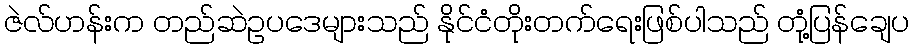
ဇဲလ်ဟန်းက တည်ဆဲဥပဒေများသည် နိုင်ငံတိုးတက်ရေးဖြစ်ပါသည် တုံ့ပြန်ချေပ